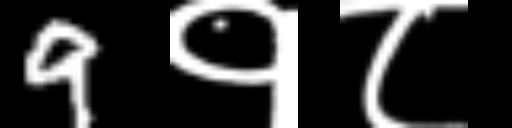
Text: 9१८